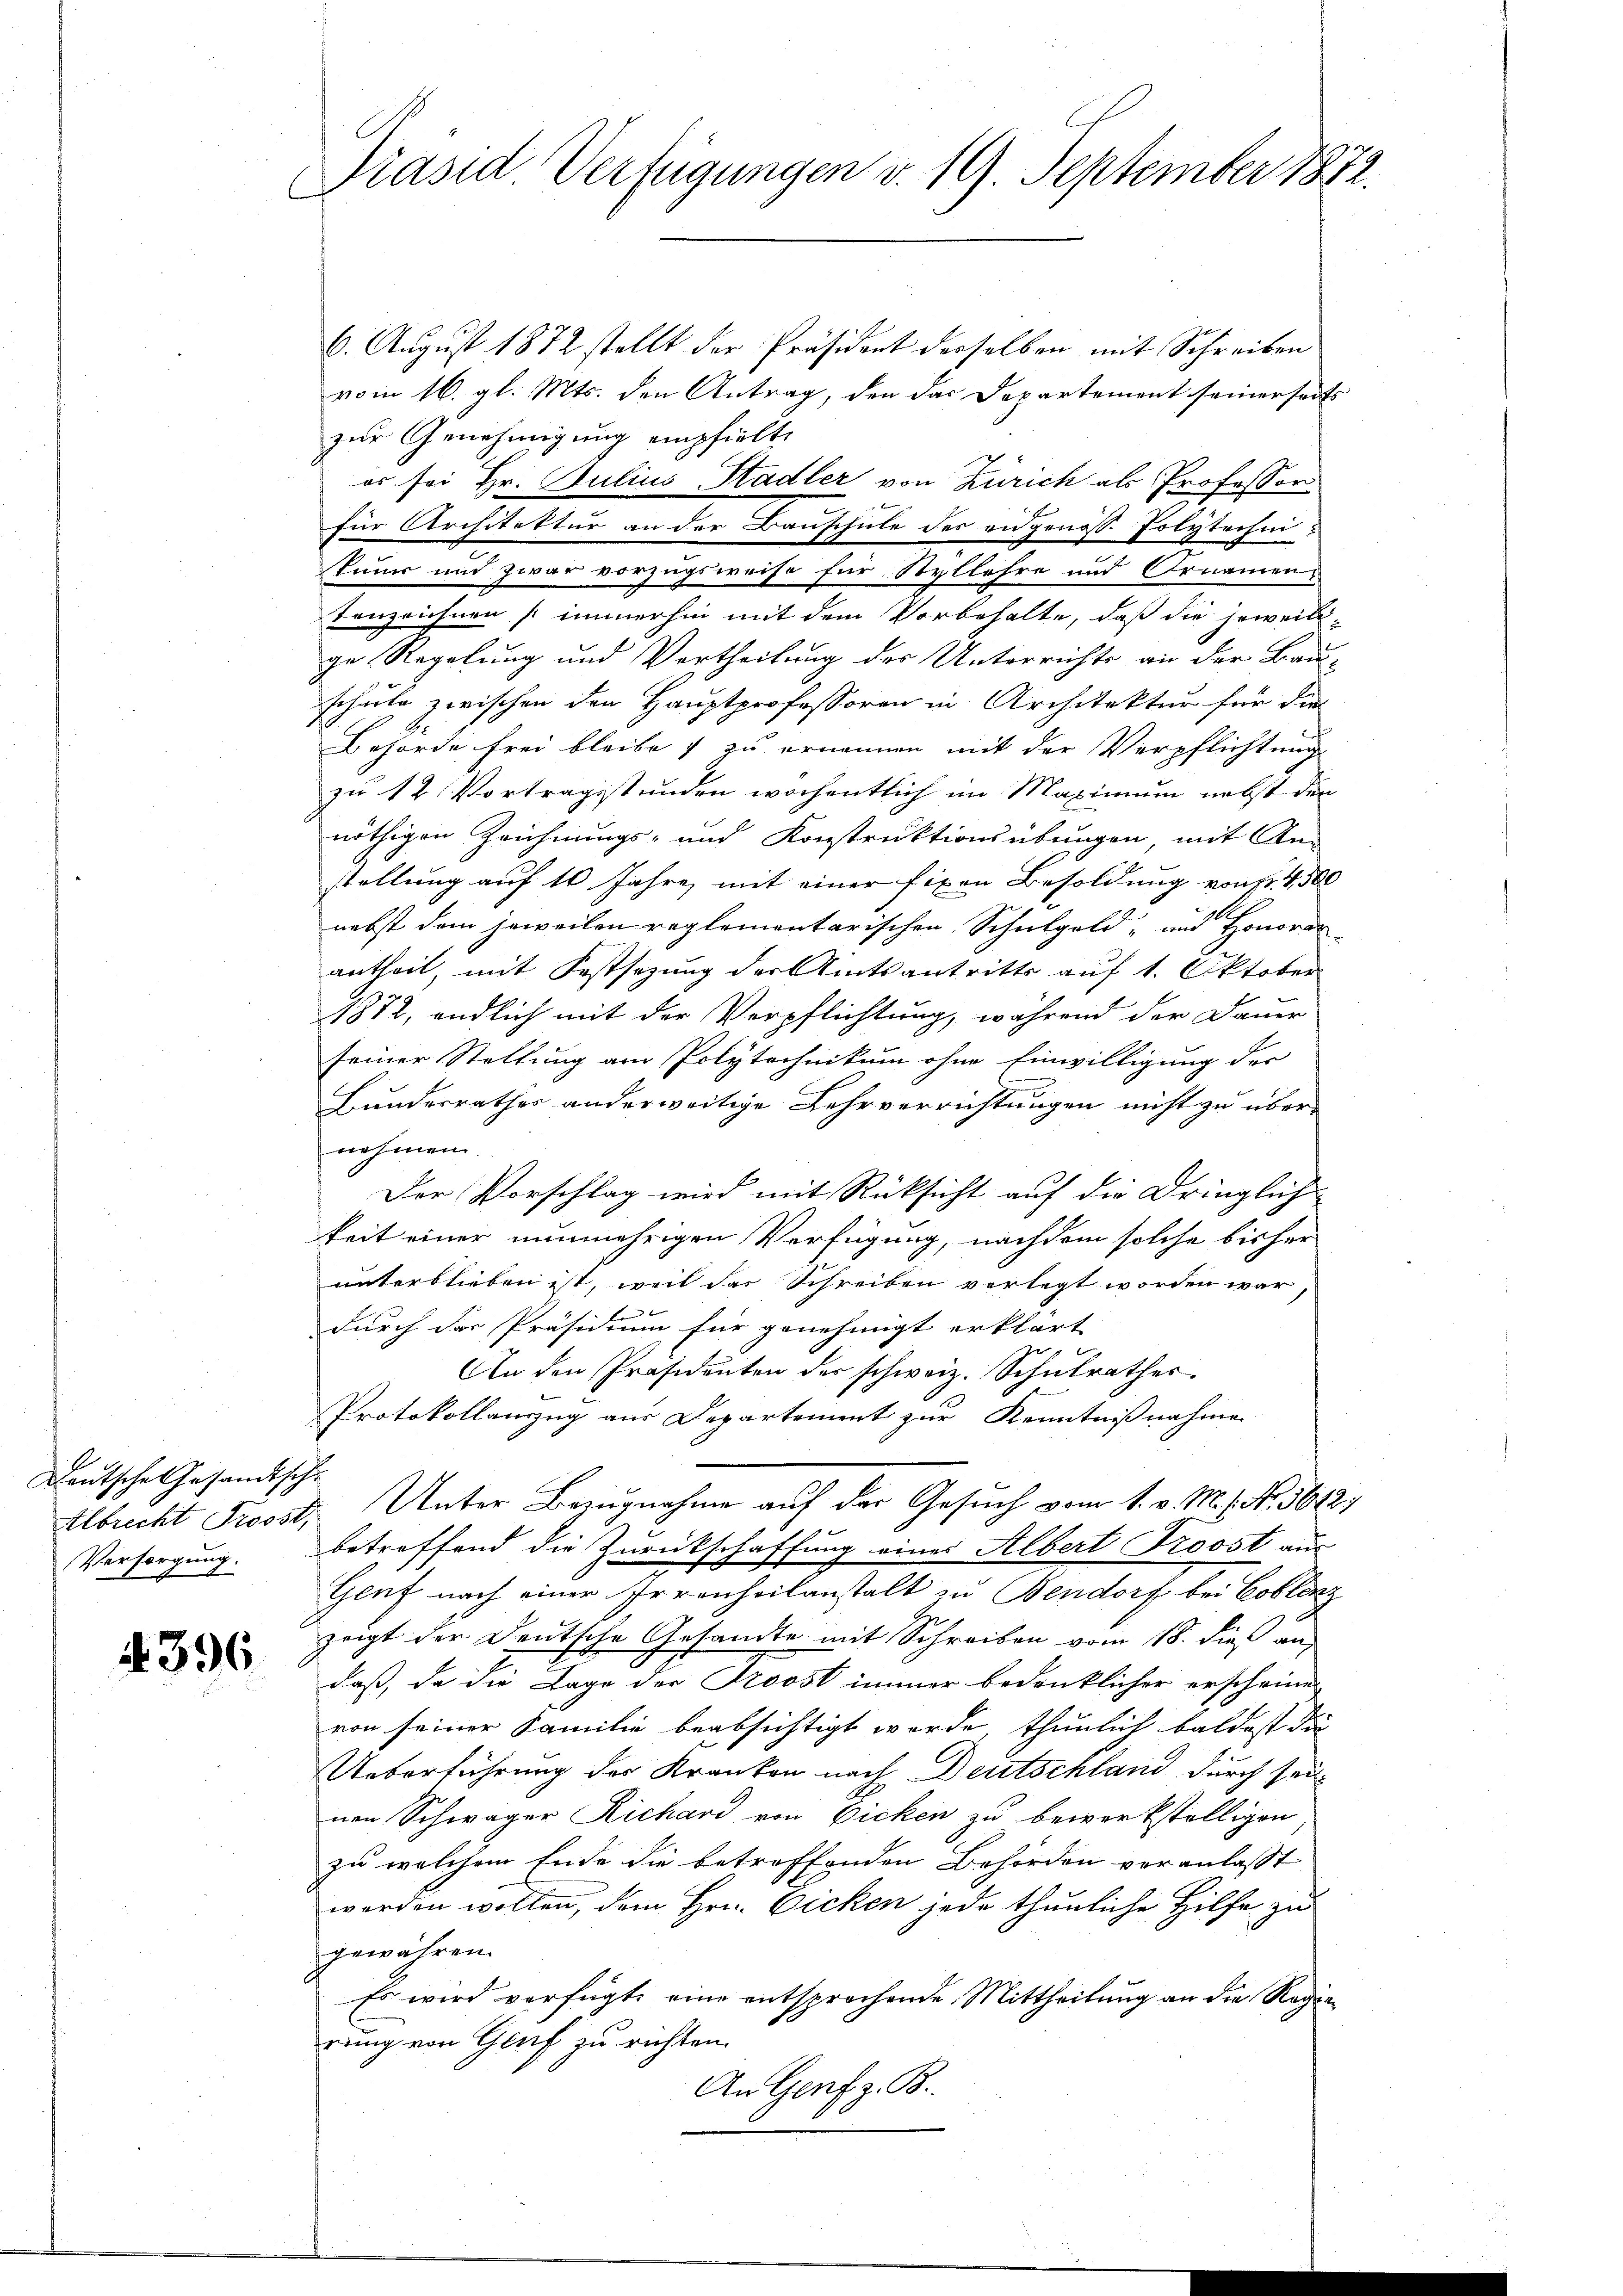
E

Deutsche Gesandtsche
Versorgung.

4. 396

Präsid. Verfügungen v. 19. September 1872.

6. August 1872 stellt der Präsident derselben mit Schreiben
vom 16. gl. Mts. den Antrag, den das Departement seinerseits
zur Genehmigung empfielte
es sei Hr. Julius Stadler von Zürich als Professor
für Architektur an der Bauschule des eidgenöss. Polytechni¬
Paur und zwar vorzugsweise für Styllehre und Ornamen
tenzeichnen (immerhin mit dem Vorbehalte, daß die jeweil-
ge Regelung und Vertheilung des Unterrichte an der Bau-
schule zwischen den Hauptprofessoren in Architektur für die
Behörde frei bleibe & zu ernennen mit der Verpflichtung
zu 12 Vortragsstunden wöchentlich im Maximum nebst den
nöthigen Zeichnungs- und Konstruktionsübungen, mit An-
stellung auf 10 Jahre, mit einer fixen Besoldung von Fr. 4500
nebst dem jeweilen reglementarischen Schulgeld- und Honorar-
antheil, mit Festsezung der Amtsantritts auf 1. Oktober
1872, endlich mit der Verpflichtung, während der Dauer
seiner Stellung am Polytechnikum ohne Einwilligung der
Bundesrathes anderweitige Lehrverrichtungen nicht zu über-
nehmen.
Der Vorschlag wird mit Rücksicht auf die Dringlich-
keit einer nunmehrigen Verfügung, nachdem solche bisher
unterblieben ist, weil das Schreiben verlegt worden war
durch der Präsidium für genehmigt erklärt
An den Präsidenten der schweiz. Schulrathes
Protokollanzug aus Departement zur Kenntnißnahme
Albrecht Trost. Unter Bezugnahme auf der Gesuch vom 1. v. M. 1. No. 5642.
betreffend die Zurückschaffung eines Albert Proost aus
Genf nach einer Irrenheilanstalt zu Bendorf bei Coblenz
zeigt der Deutsche Gesandte mit Schreiben vom 18. dieß an
daß, da die Lage der Proost immer bedenklicher erscheinen
von seiner Familie beabsichtigt werde, thunlich baldest die
Ueberführung der Kranken nach Deutschland durch sei-
nen Schwäger Richard von Ficken zu bewerkstelligen
zu welchem Ende die betreffenden Behörden veranlasst
werden wollen, dem Hrn. Dicken jede thunliche Hilfe zu
gewähren.
Es wird verfügte eine entsprochende Mittheilung an die Regierung von Gruf zu richten.
An Genf z. B.